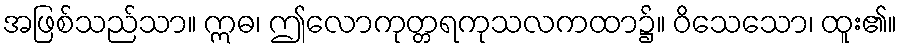
အဖြစ်သည်သာ။ ဣဓ၊ ဤလောကုတ္တရကုသလကထာ၌။ ဝိသေသော၊ ထူး၏။